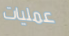
عمليات